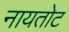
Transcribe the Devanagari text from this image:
नायतोट